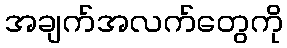
အချက်အလက်တွေကို